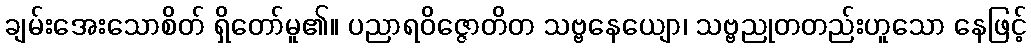
ချမ်းအေးသောစိတ် ရှိတော်မူ၏။ ပညာရဝိဇ္ဇောတိတ သဗ္ဗနေယျော၊ သဗ္ဗညုတတည်းဟူသော နေဖြင့်